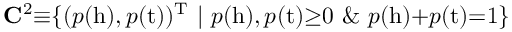
\mathbf { C } ^ { 2 } { \equiv } \{ ( p ( \mathrm { h } ) , p ( \mathrm { t } ) ) ^ { \mathrm { T } } ~ { | } ~ p ( \mathrm { h } ) , p ( \mathrm { t } ) { \ge } 0 ~ \& ~ p ( \mathrm { h } ) { + } p ( \mathrm { t } ) { = } 1 \}